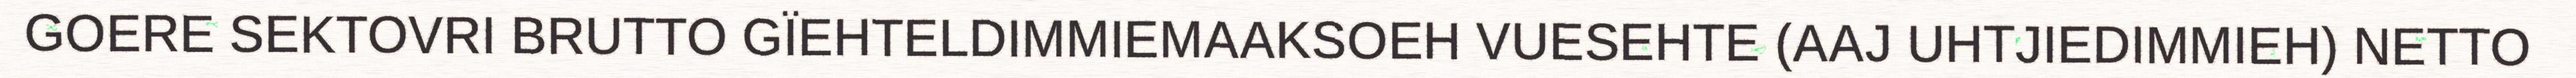
GOERE SEKTOVRI BRUTTO GÏEHTELDIMMIEMAAKSOEH VUESEHTE (AAJ UHTJIEDIMMIEH) NETTO